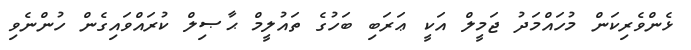
ޅެންވެރިކަން މުހައްމަދު ޖަމީލް އަކީ ޢަރަބި ބަހުގެ ތައުލީމް ޙާޞިލް ކުރައްވައިގެން ހުންނެވި